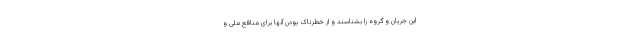
این جریان و گروه را بشناسند و از خطرناک بودن آنها برای منافع ملی و